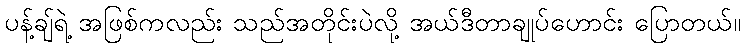
ပန့်ချ်ရဲ့ အဖြစ်ကလည်း သည်အတိုင်းပဲလို့ အယ်ဒီတာချုပ်ဟောင်း ပြောတယ်။